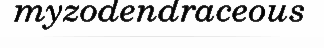
myzodendraceous